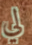
لي